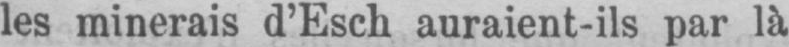
les minerais d’Esch auraient-ils par là